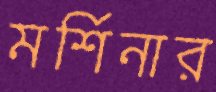
মর্শিনার